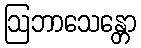
ဩဘာသေန္တော